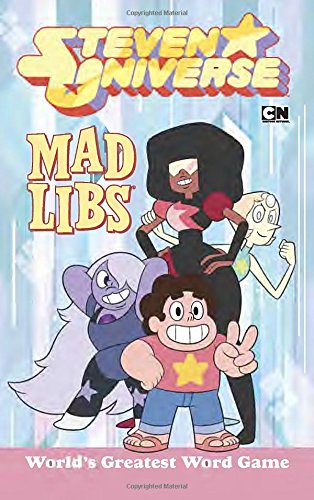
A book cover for Steven Universe Mad Libs; Walter Burns; Children's Books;